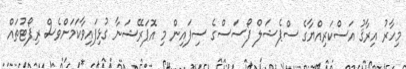
މިހާރު އިރާޤު އަސްކަރިއްޔާގެ ސްޕެޝަލް ފޯސަސްގެ ސިފައިން މި އޮޕަރޭޝަނާ ގުޅިފައިވާކަމަށްވެސް ރިޕޯޓުތައް